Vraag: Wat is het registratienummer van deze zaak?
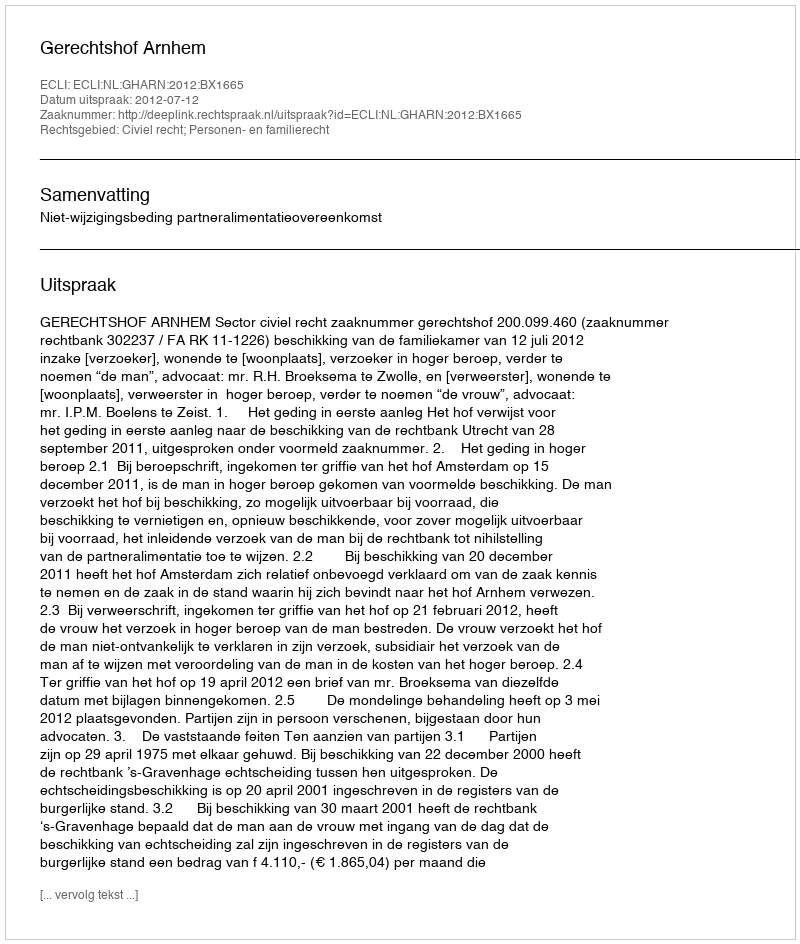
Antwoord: http://deeplink.rechtspraak.nl/uitspraak?id=ECLI:NL:GHARN:2012:BX1665